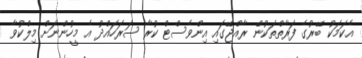
އެކަމަކު ބޭރުގެ ފަރާތްތަކުން ރާއްޖޭގައި އިންވެސްޓް ކުރާ ސަރަހައްދު އެ މީހުންނަށް މިލްކުވާ